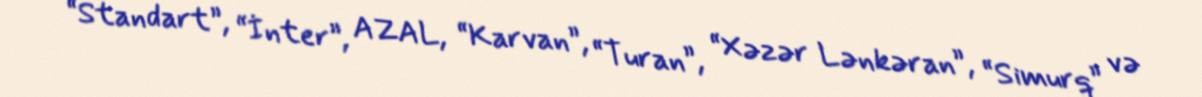
“Standart”, “İnter”, AZAL, “Karvan”, “Turan”, “Xəzər Lənkəran”, “Simurq” və